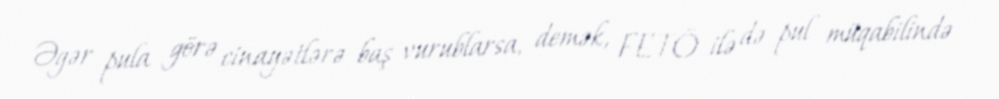
Əgər pula görə cinayətlərə baş vurublarsa, demək, FETÖ ilə də pul müqabilində